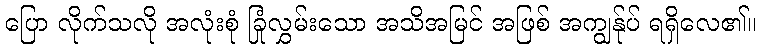
ပြော လိုက်သလို အလုံးစုံ ခြုံလွှမ်းသော အသိအမြင် အဖြစ် အကျွန်ုပ် ရရှိလေ၏။